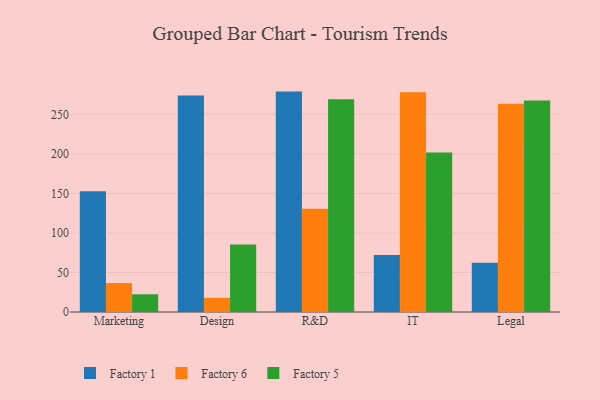
{"axis": {"x": "Department", "y": "Backlog"}, "legend": ["Factory 1", "Factory 5", "Factory 6"], "data": [{"x": "Marketing", "y": 152.7, "type": "Factory 1"}, {"x": "Marketing", "y": 36.6, "type": "Factory 6"}, {"x": "Marketing", "y": 22.4, "type": "Factory 5"}, {"x": "Design", "y": 273.8, "type": "Factory 1"}, {"x": "Design", "y": 17.9, "type": "Factory 6"}, {"x": "Design", "y": 85.3, "type": "Factory 5"}, {"x": "R&D", "y": 278.8, "type": "Factory 1"}, {"x": "R&D", "y": 130.6, "type": "Factory 6"}, {"x": "R&D", "y": 269.1, "type": "Factory 5"}, {"x": "IT", "y": 72.1, "type": "Factory 1"}, {"x": "IT", "y": 278.0, "type": "Factory 6"}, {"x": "IT", "y": 201.7, "type": "Factory 5"}, {"x": "Legal", "y": 62.4, "type": "Factory 1"}, {"x": "Legal", "y": 263.5, "type": "Factory 6"}, {"x": "Legal", "y": 267.4, "type": "Factory 5"}]}